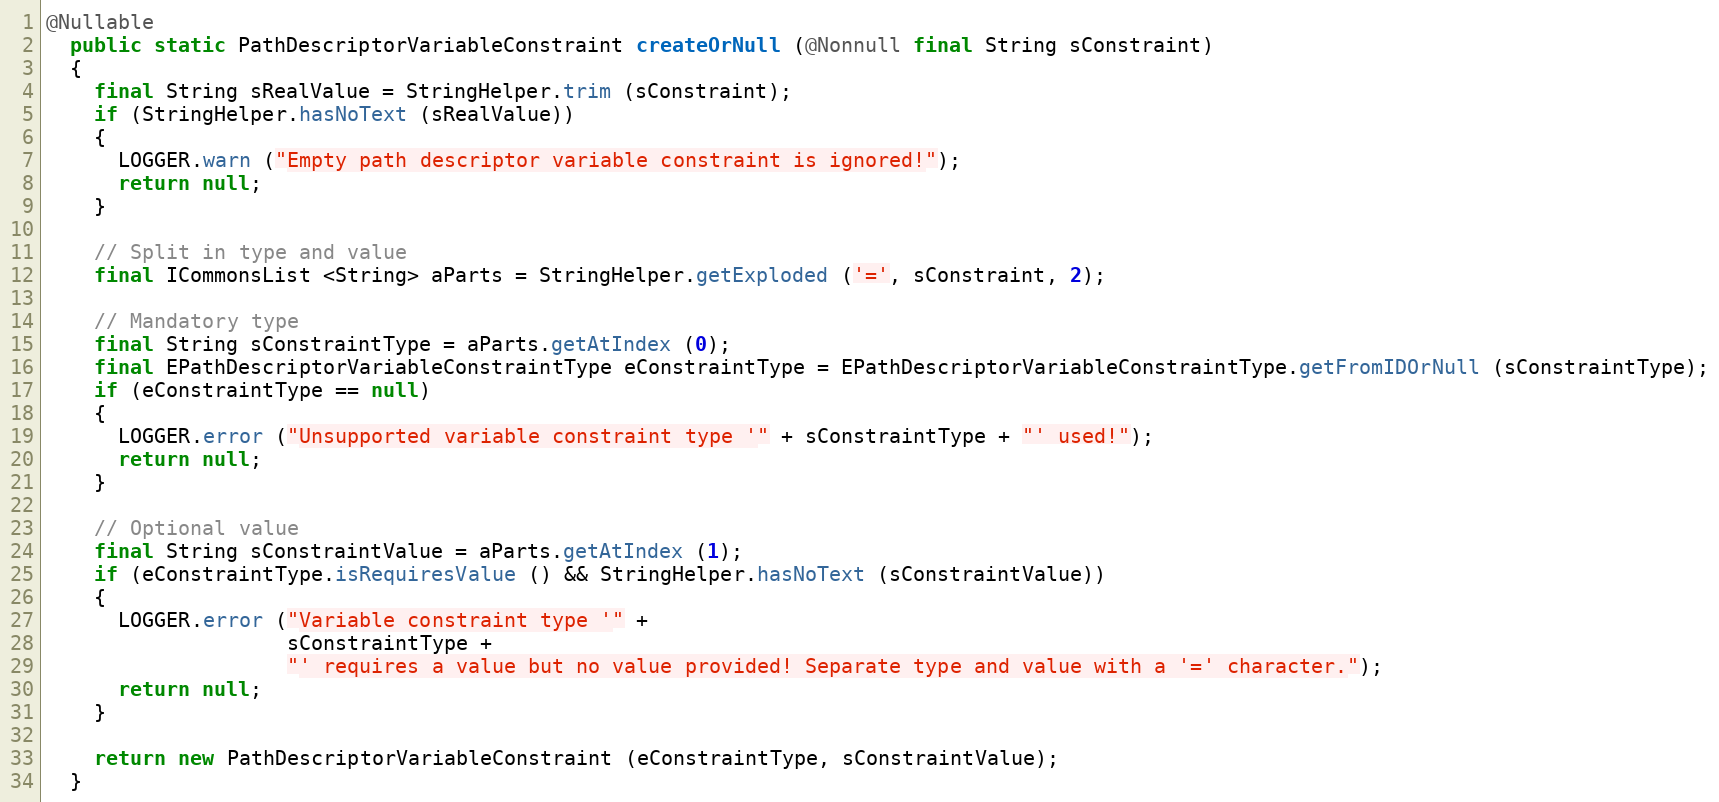
Language: Java
@Nullable
  public static PathDescriptorVariableConstraint createOrNull (@Nonnull final String sConstraint)
  {
    final String sRealValue = StringHelper.trim (sConstraint);
    if (StringHelper.hasNoText (sRealValue))
    {
      LOGGER.warn ("Empty path descriptor variable constraint is ignored!");
      return null;
    }

    // Split in type and value
    final ICommonsList <String> aParts = StringHelper.getExploded ('=', sConstraint, 2);

    // Mandatory type
    final String sConstraintType = aParts.getAtIndex (0);
    final EPathDescriptorVariableConstraintType eConstraintType = EPathDescriptorVariableConstraintType.getFromIDOrNull (sConstraintType);
    if (eConstraintType == null)
    {
      LOGGER.error ("Unsupported variable constraint type '" + sConstraintType + "' used!");
      return null;
    }

    // Optional value
    final String sConstraintValue = aParts.getAtIndex (1);
    if (eConstraintType.isRequiresValue () && StringHelper.hasNoText (sConstraintValue))
    {
      LOGGER.error ("Variable constraint type '" +
                    sConstraintType +
                    "' requires a value but no value provided! Separate type and value with a '=' character.");
      return null;
    }

    return new PathDescriptorVariableConstraint (eConstraintType, sConstraintValue);
  }